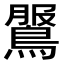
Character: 𪂖